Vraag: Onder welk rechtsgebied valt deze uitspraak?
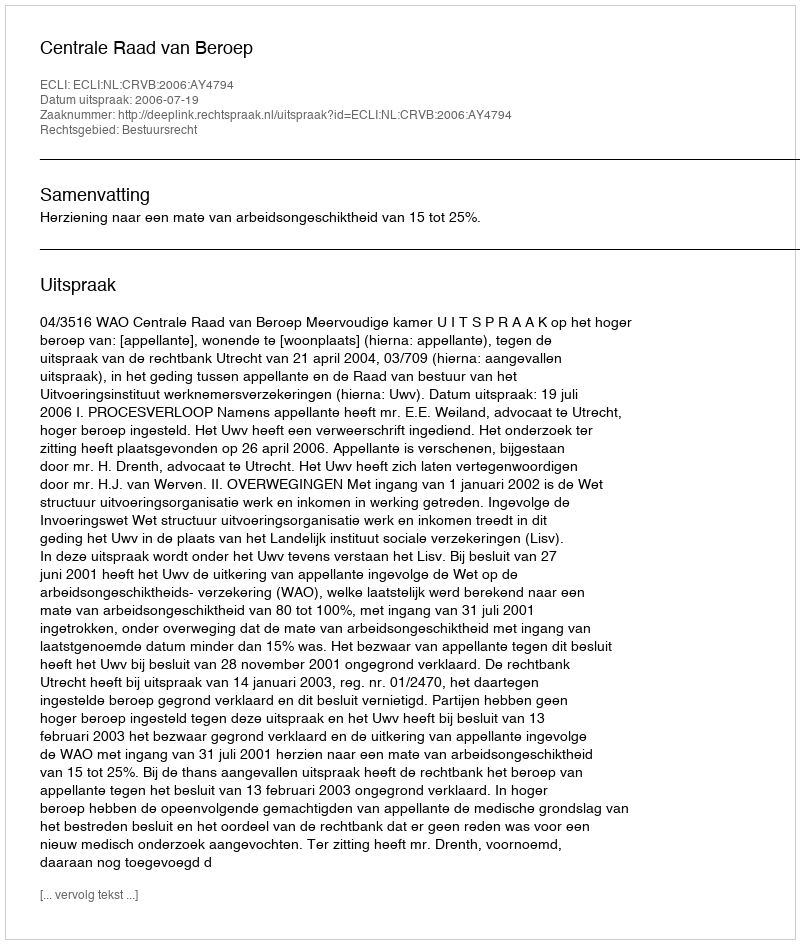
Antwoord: Bestuursrecht